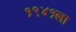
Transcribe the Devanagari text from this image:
१९४१ला